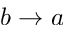
b \to a